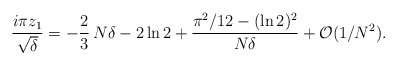
\begin{align*}{i\pi z_1\over\sqrt{\delta}} = -{2\over 3}\, N\delta - 2\ln 2+ {\pi^2/12 - (\ln 2)^2\over N\delta} + {\cal O}(1/N^2).\end{align*}